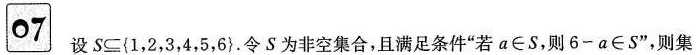
07 设$$S\subseteq\{1，2，3，4，5，6\}$$。令S为非空集合，且满足条件”若$$a\in S$$，则$$6-a\in S$$”，则集